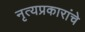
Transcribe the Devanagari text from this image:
नृत्यप्रकारांचे